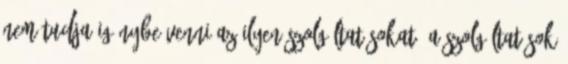
nem tudja igénybe venni az ilyen szolgáltatásokat. A szolgáltatások